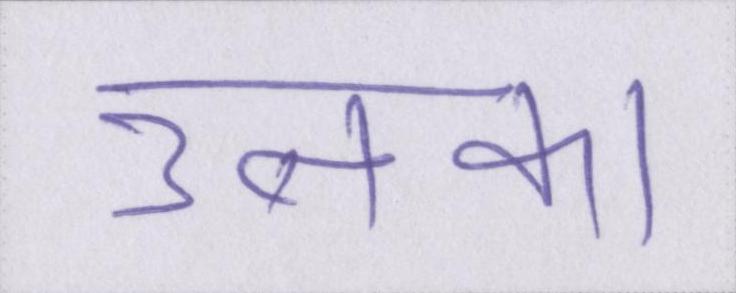
उनका